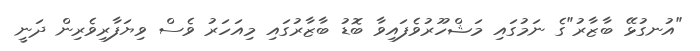
"އުނގުޅޭ ބާޒާރު"ގެ ނަމުގައި މަޝްހޫރުވެފައިވާ ބޮޑު ބާޒާރުގައި މިއަހަރު ވެސް ވިޔަފާރިވެރިން ދަނީ